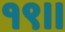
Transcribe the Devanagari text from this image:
१९॥